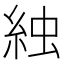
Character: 𬗌